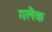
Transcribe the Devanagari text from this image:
गलैक